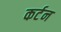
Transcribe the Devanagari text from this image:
कर्टन